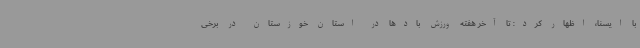
با ایسنا، اظهار کرد: تا آخر هفته ورزش بادها در استان خوزستان در برخی